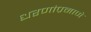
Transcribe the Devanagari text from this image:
धरणांप्रमाणे